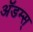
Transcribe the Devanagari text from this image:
ॲडम्स्